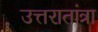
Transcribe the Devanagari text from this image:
उत्तरातांत्रा